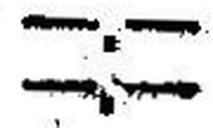
—.—